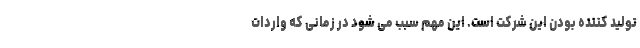
تولید کننده بودن این شرکت است. این مهم سبب می شود در زمانی که واردات